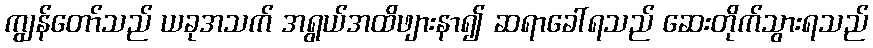
ကျွန်တော်သည် ယခုအသက် အရွယ်အထိဖျားနာ၍ ဆရာခေါ်ရသည် ဆေးတိုက်သွားရသည်